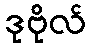
ဒုဗိုလ်